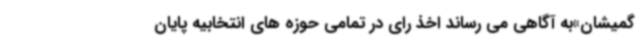
گمیشان»به آگاهی می رساند اخذ رای در تمامی حوزه های انتخابیه پایان